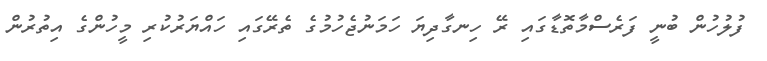
ފުލުހުން ބުނީ ފަރެސްމާތޮޑާގައި ރޭ ހިނގާދިޔަ ހަމަނުޖެހުމުގެ ތެރޭގައި ހައްޔަރުކުރި މީހުންގެ އިތުރުން